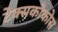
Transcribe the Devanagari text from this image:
टेक्सकोकोस